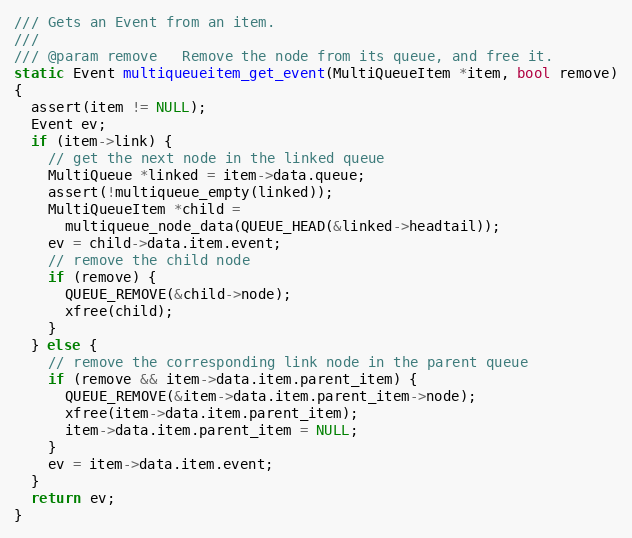
Language: C
/// Gets an Event from an item.
///
/// @param remove   Remove the node from its queue, and free it.
static Event multiqueueitem_get_event(MultiQueueItem *item, bool remove)
{
  assert(item != NULL);
  Event ev;
  if (item->link) {
    // get the next node in the linked queue
    MultiQueue *linked = item->data.queue;
    assert(!multiqueue_empty(linked));
    MultiQueueItem *child =
      multiqueue_node_data(QUEUE_HEAD(&linked->headtail));
    ev = child->data.item.event;
    // remove the child node
    if (remove) {
      QUEUE_REMOVE(&child->node);
      xfree(child);
    }
  } else {
    // remove the corresponding link node in the parent queue
    if (remove && item->data.item.parent_item) {
      QUEUE_REMOVE(&item->data.item.parent_item->node);
      xfree(item->data.item.parent_item);
      item->data.item.parent_item = NULL;
    }
    ev = item->data.item.event;
  }
  return ev;
}